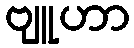
ဗျူဟာ